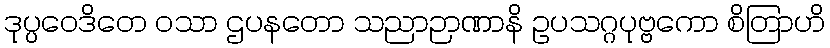
ဒုပ္ပဝေဒိတေ ဝသာ ဌပနတော သညာဉာဏာနိ ဥပသဂ္ဂပုဗ္ဗကော စိတြာဟိ